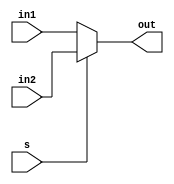
module mux2_1(in1, in2, s, out);

    input [31:0] in1, in2;
    input s;

    output reg [31:0] out;

    always @ (in1, in2, s)
        begin
            if (s == 0)
                out <= in1;
            else
                out <= in2;
        end

endmodule